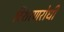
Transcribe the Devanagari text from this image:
विशरणरोधी